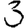
Digit: 3